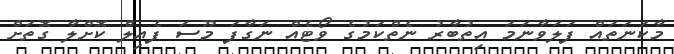
މާކަނަތައް ފަލަވާނަމަ އިތުބާރު ނެތްކަމުގެ ވޯޓެއް ނަގާފަ މޫސަ ފެއިލް ކޮށްލާ ގޮތަށް